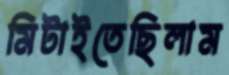
মিটাইতেছিলাম